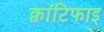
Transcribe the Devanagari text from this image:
क्वांटिफाइ